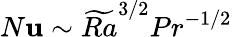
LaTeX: N\mathbf{u}\sim\widetilde{{Ra}}^{3/2}Pr^{-1/2}